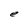
Character: e